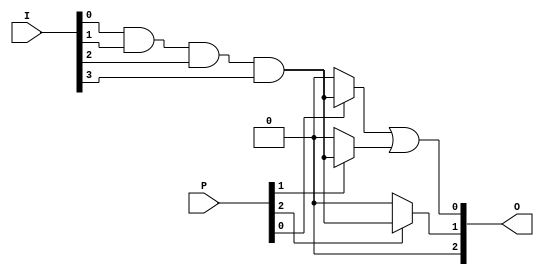
module GAL(
    input wire [N-1:0] I,      // Input signals (N input pins)
    input wire [M-1:0] P,      // Programmable connections for AND array
    output wire [M-1:0] O      // Output signals (M output pins)
);

parameter N = 4; // Number of input pins
parameter M = 3; // Number of output pins
parameter TOTAL_PRODUCT_TERMS = 8; // Total product terms in AND array

// Internal signals for product terms
wire [TOTAL_PRODUCT_TERMS-1:0] AND_output; // Output of the AND array

// Programmable AND array
genvar i, j;
generate
    for (i = 0; i < TOTAL_PRODUCT_TERMS; i = i + 1) begin : and_array
        assign AND_output[i] = P[i] ? (I[0] & I[1] & I[2] & I[3]) : 1'b0; // Example logic
    end
endgenerate

// Fixed OR array
assign O[0] = AND_output[0] | AND_output[1]; // Example OR logic for output O1
assign O[1] = AND_output[2] | AND_output[3]; // Example OR logic for output O2
assign O[2] = AND_output[4] | AND_output[5] | AND_output[6] | AND_output[7]; // Example OR logic for output O3

endmodule